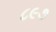
૮૯૭